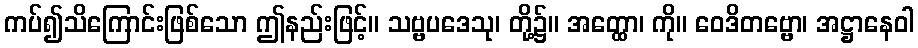
ကပ်၍သိကြောင်းဖြစ်သော ဤနည်းဖြင့်။ သဗ္ဗပဒေသု၊ တို့၌။ အတ္ထော၊ ကို။ ဝေဒိတဗ္ဗော၊ အဋ္ဌာနေဝါ